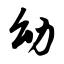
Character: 幼